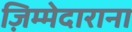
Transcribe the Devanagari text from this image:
ज़िम्मेदाराना